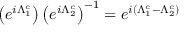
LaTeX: \left( e ^ { i \Lambda _ { 1 } ^ { c } } \right) \left( e ^ { i \Lambda _ { 2 } ^ { c } } \right) ^ { - 1 } = e ^ { i ( \Lambda _ { 1 } ^ { c } - \Lambda _ { 2 } ^ { c } ) }